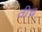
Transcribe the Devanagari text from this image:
तीच्र